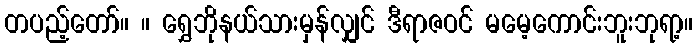
တပည့်တော်။ ။ ရွှေဘိုနယ်သားမှန်လျှင် ဒီရာဇဝင် မမေ့ကောင်းဘူးဘုရာ့။